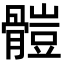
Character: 𩪂